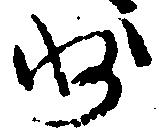
州